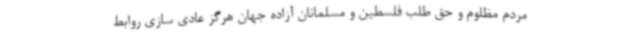
مردم مظلوم و حق طلب فلسطین و مسلمانان آزاده جهان هرگز عادی سازی روابط